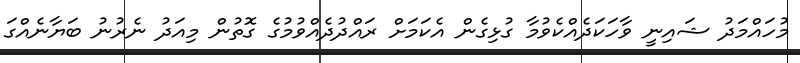
މުހައްމަދު ޝައިނީ ވާހަކަދެއްކެވުމާ ގުޅިގެން އެކަމަށް ރައްދުދެއްވުމުގެ ގޮތުން މިއަދު ނެރުނު ބަޔާނެއްގަ